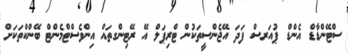
ސްޓޭންޑާޑް އެންޑް ޕުއަރސް ފަދަ އޭޖެންސީތަކުން ޓްރިޕަލް އޭ ރޭޓިންގތައް އިންވެސްޓްމެންޓް ބޭންކްތަކަށް